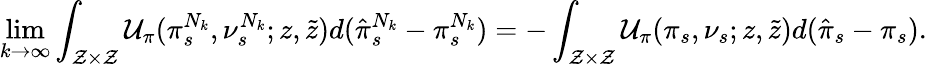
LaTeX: \operatorname*{lim}_{k\rightarrow\infty}\int_{\mathcal{Z}\times\mathcal{Z}}\mathcal{U}_{\pi}(\pi_{s}^{N_{k}},\nu_{s}^{N_{k}};z,\tilde{z})d(\hat{\pi}_{s}^{N_{k}}-\pi_{s}^{N_{k}})=-\int_{\mathcal{Z}\times\mathcal{Z}}\mathcal{U}_{\pi}(\pi_{s},\nu_{s};z,\tilde{z})d(\hat{\pi}_{s}-\pi_{s}).